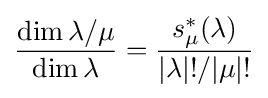
{\frac {\dim \lambda /\mu }{\dim \lambda }}={\frac {s_{\mu }^{*}(\lambda )}{|\lambda |!/|\mu |!}}